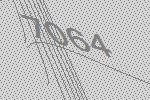
7064